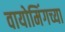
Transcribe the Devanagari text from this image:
वायोमिंगच्या